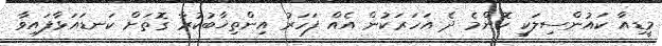
މީޑިއާ ކައުންސިލަކީ ކޮންމެ ދެ އަހަރަކުން އެއް ފަހަރު އިންތިޚާބުކުރާ ގޮތަށް ކަނޑައަޅާފައިވާ